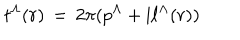
LaTeX: t ^ { \Lambda } ( r ) \, = \, 2 \pi ( p ^ { \Lambda } + \mathrm { i } \ell ^ { \Lambda } ( r ) ) \nonumber \,